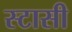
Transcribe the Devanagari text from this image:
स्टासी